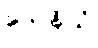
သေနိယံ